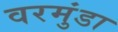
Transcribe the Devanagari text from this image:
वरमुंडा